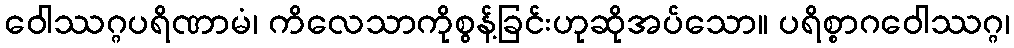
ဝေါဿဂ္ဂပရိဏာမံ၊ ကိလေသာကိုစွန့်ခြင်းဟုဆိုအပ်သော။ ပရိစ္စာဂဝေါဿဂ္ဂ၊